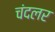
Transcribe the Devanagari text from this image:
चंदलर